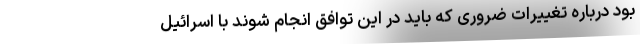
بود درباره تغییرات ضروری که باید در این توافق انجام شوند با اسرائیل